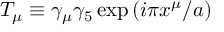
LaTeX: T _ { \mu } \equiv \gamma _ { \mu } \gamma _ { 5 } \exp { ( i \pi x ^ { \mu } / a ) }